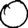
Digit: 0